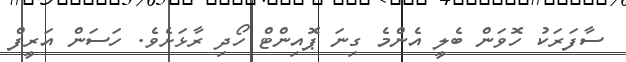
ސާފަރަކު ހޮވަން ބެލީ އެންމެ ގިނަ ޕޮއިންޓް ހޯދި ރާޅަށެވެ. ހަސަން އަރީފް